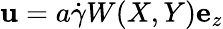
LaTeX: \mathbf{u}=a\dot{\gamma}W(X,Y)\mathbf{e}_{z}